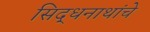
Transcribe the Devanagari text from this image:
सिद्धनाथांचे